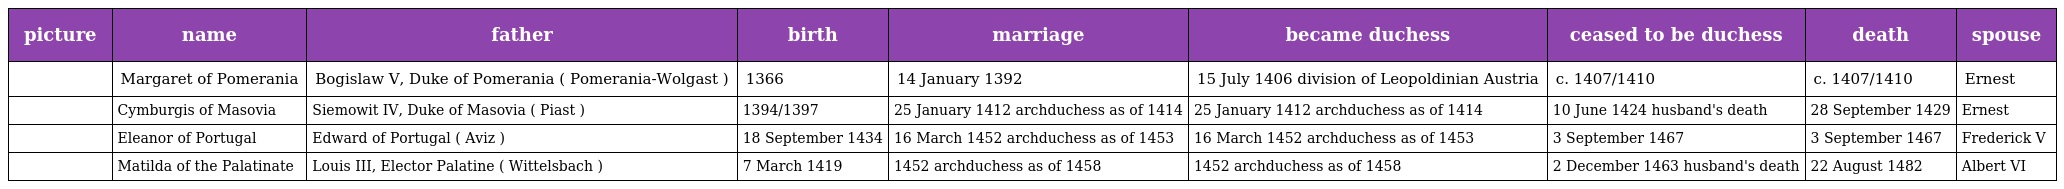
| picture | name | father | birth | marriage | became duchess | ceased to be duchess | death | spouse |
 | --- | --- | --- | --- | --- | --- | --- | --- | --- |
 |  | Margaret of Pomerania | Bogislaw V, Duke of Pomerania ( Pomerania-Wolgast ) | 1366 | 14 January 1392 | 15 July 1406 division of Leopoldinian Austria | c. 1407/1410 | c. 1407/1410 | Ernest |
 |  | Cymburgis of Masovia | Siemowit IV, Duke of Masovia ( Piast ) | 1394/1397 | 25 January 1412 archduchess as of 1414 | 25 January 1412 archduchess as of 1414 | 10 June 1424 husband's death | 28 September 1429 | Ernest |
 |  | Eleanor of Portugal | Edward of Portugal ( Aviz ) | 18 September 1434 | 16 March 1452 archduchess as of 1453 | 16 March 1452 archduchess as of 1453 | 3 September 1467 | 3 September 1467 | Frederick V |
 |  | Matilda of the Palatinate | Louis III, Elector Palatine ( Wittelsbach ) | 7 March 1419 | 1452 archduchess as of 1458 | 1452 archduchess as of 1458 | 2 December 1463 husband's death | 22 August 1482 | Albert VI |